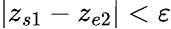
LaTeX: |z_{s1}-z_{e2}|<\varepsilon